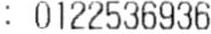
: 0122536936